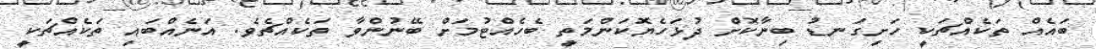
ބައެއް ތަކެއްޗަކީ ހަށިގަނޑު ބިނާކޮށް ދުޅަހެޔޮކަންމަތީ ބެހެއްޓުމަށް ބޭނުންވާ ތަކެއްޗެވެ. އަނެއްބައި ތަކެއްޗަކީ